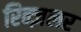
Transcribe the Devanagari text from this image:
रिन्ज़लर